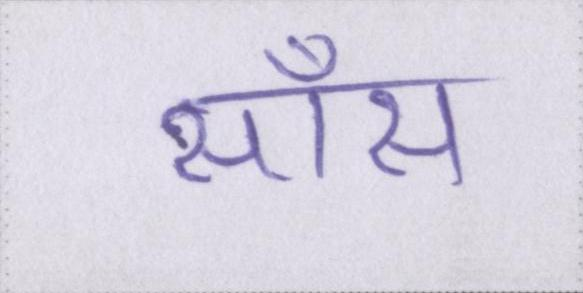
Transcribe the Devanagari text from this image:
साँस